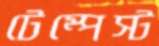
টেম্পেস্ট